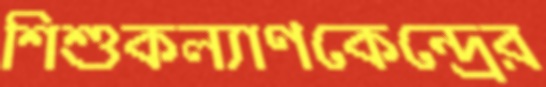
শিশুকল্যাণকেন্দ্রের